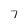
Character: 7